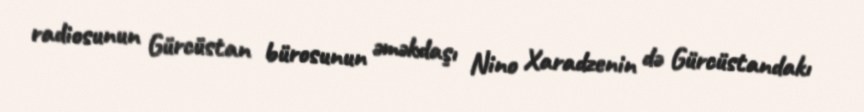
radiosunun Gürcüstan bürosunun əməkdaşı Nino Xaradzenin də Gürcüstandakı